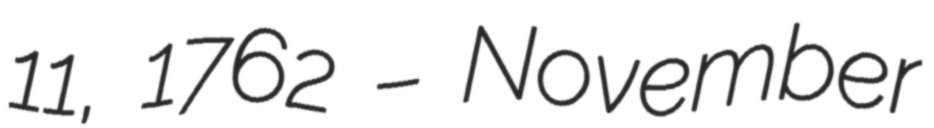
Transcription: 11, 1762 – November